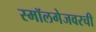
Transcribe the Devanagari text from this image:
स्मॉलगेजवरची